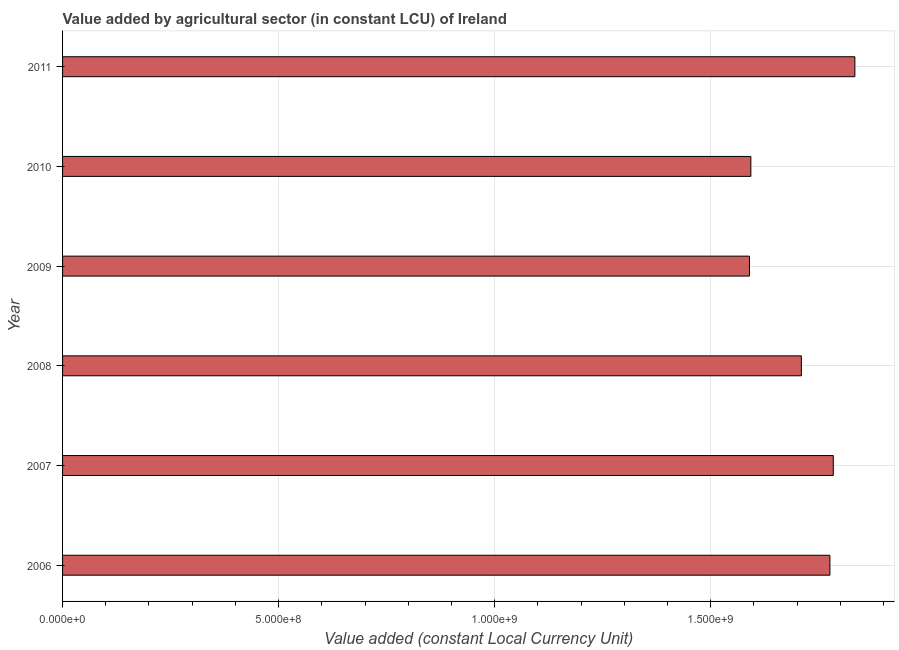
| Year | Agriculture |
 | --- | --- |
 | 2006 | 1.78e+09 |
 | 2007 | 1.78e+09 |
 | 2008 | 1.71e+09 |
 | 2009 | 1.59e+09 |
 | 2010 | 1.59e+09 |
 | 2011 | 1.83e+09 |